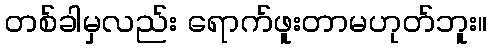
တစ်ခါမှလည်း ရောက်ဖူးတာမဟုတ်ဘူး။